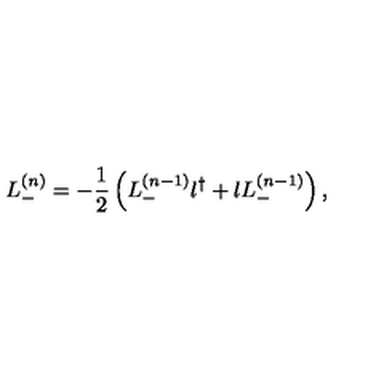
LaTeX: L _ { - } ^ { ( n ) } = - \frac 1 2 \left( L _ { - } ^ { ( n - 1 ) } l ^ { \dag } + l L _ { - } ^ { ( n - 1 ) } \right) ,